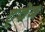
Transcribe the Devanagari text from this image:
ट्वेब